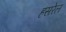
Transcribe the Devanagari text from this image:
हसरेल